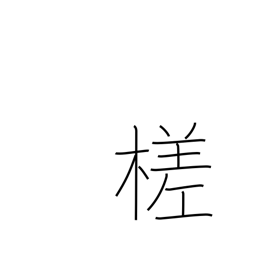
Meaning: cut slantwise